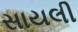
સાયલી